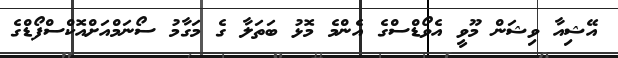
އޭޝިއާ ވިޝަން މޫވީ އެވޯޑްސްގެ އެންމެ މޮޅު ބަތަލާ ގެ މަގާމު ސޯނަމްއަށްއޮކްސްފޯޑްގެ